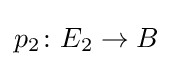
p_{2}\colon E_{2}\to B